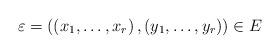
LaTeX: \begin{align*}\varepsilon=\left(\left(x_{1},\dots,x_{r}\right),\left(y{}_{1},\dots,y_{r}\right)\right)\in E\end{align*}